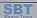
sbt